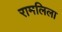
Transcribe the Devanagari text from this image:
रामलिला